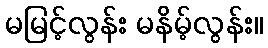
မမြင့်လွန်း မနိမ့်လွန်း။